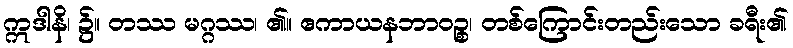
ဣဒါနိ၊ ၌။ တဿ မဂ္ဂဿ၊ ၏။ ဧကာယနဘာဝဉ္စ၊ တစ်ကြောင်းတည်းသော ခရီး၏